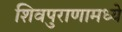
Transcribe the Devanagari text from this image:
शिवपुराणामध्ये